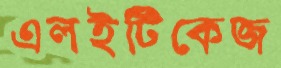
এলইটিকেজ